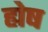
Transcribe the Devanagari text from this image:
ह्येष